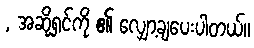
, အဆို့ရှင်ကို ၏ လျှော့ချပေးပါတယ်။